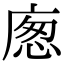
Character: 𢉛